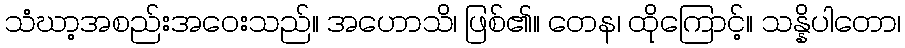
သံဃာ့အစည်းအဝေးသည်။ အဟောသိ၊ ဖြစ်၏။ တေန၊ ထိုကြောင့်။ သန္နိပါတော၊